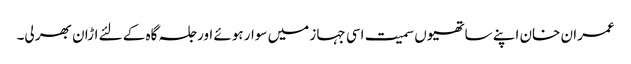
عمران خان اپنے ساتھیوں سمیت اسی جہاز میں سوار ہوئے اور جلسہ گاہ کے لئے اڑان بھر لی۔